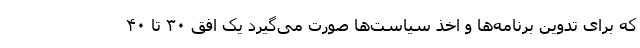
که برای تدوین برنامه‌ها و اخذ سیاست‌ها صورت می‌گیرد یک افق ۳۰ تا ۴۰